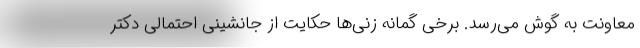
معاونت به گوش می‌رسد. برخی گمانه زنی‌ها حکایت از جانشینی احتمالی دکتر